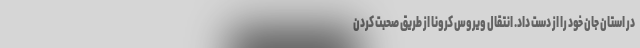
در استان جان خود را از دست داد. انتقال ویروس کرونا از طریق صحبت کردن